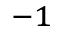
^ { - 1 }